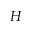
H